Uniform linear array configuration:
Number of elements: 12
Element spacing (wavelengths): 0.25
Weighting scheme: hann
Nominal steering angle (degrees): -30
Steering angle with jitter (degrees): -31.982
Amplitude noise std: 0.05
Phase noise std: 0.05

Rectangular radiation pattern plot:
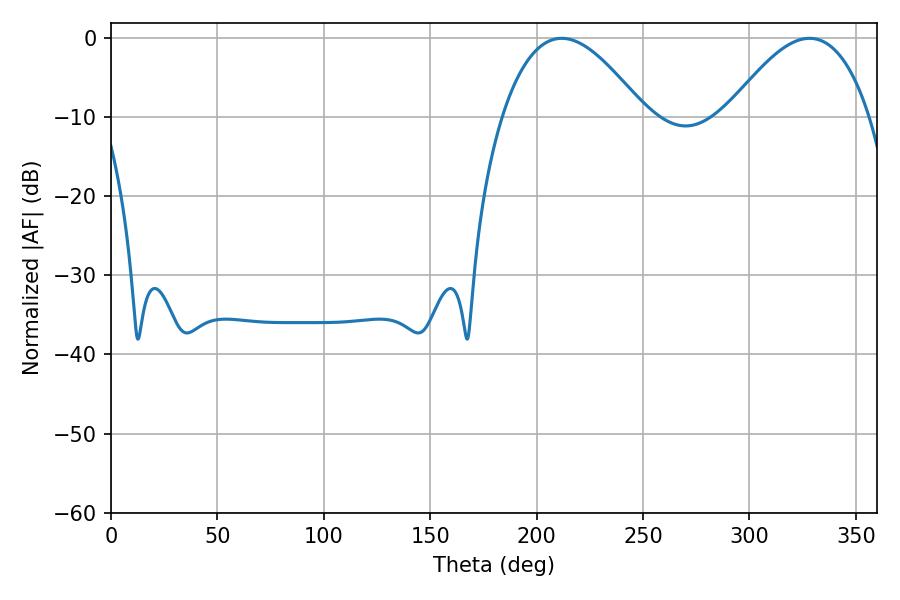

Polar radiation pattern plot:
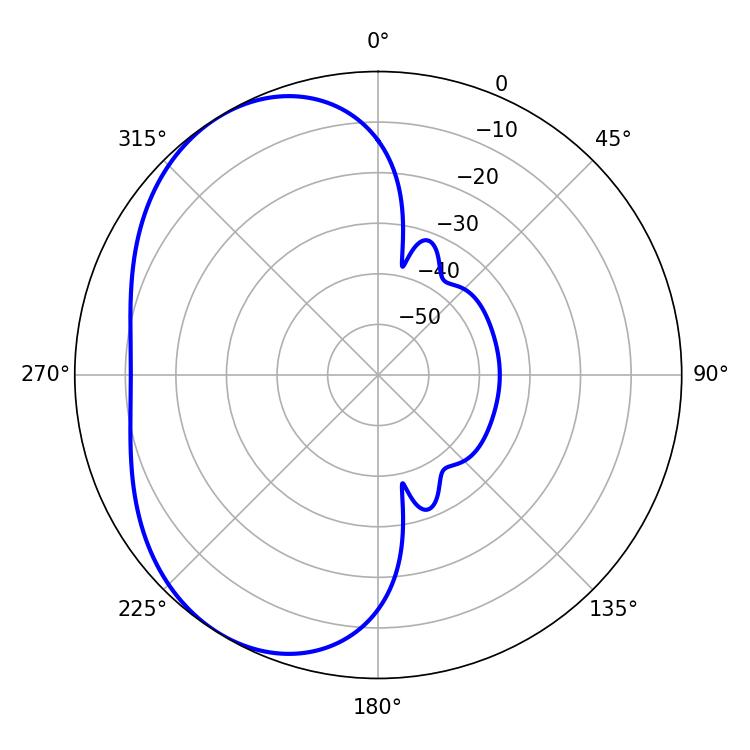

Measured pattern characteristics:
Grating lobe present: FALSE
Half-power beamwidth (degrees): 36.54
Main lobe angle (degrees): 211.86